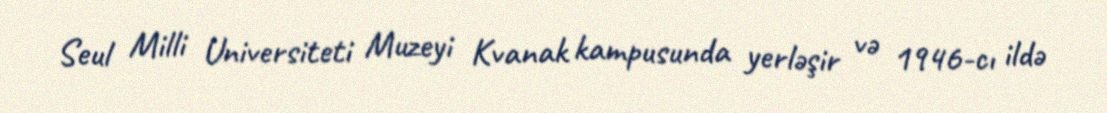
Seul Milli Universiteti Muzeyi Kvanak kampusunda yerləşir və 1946-cı ildə